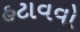
હટાવવો